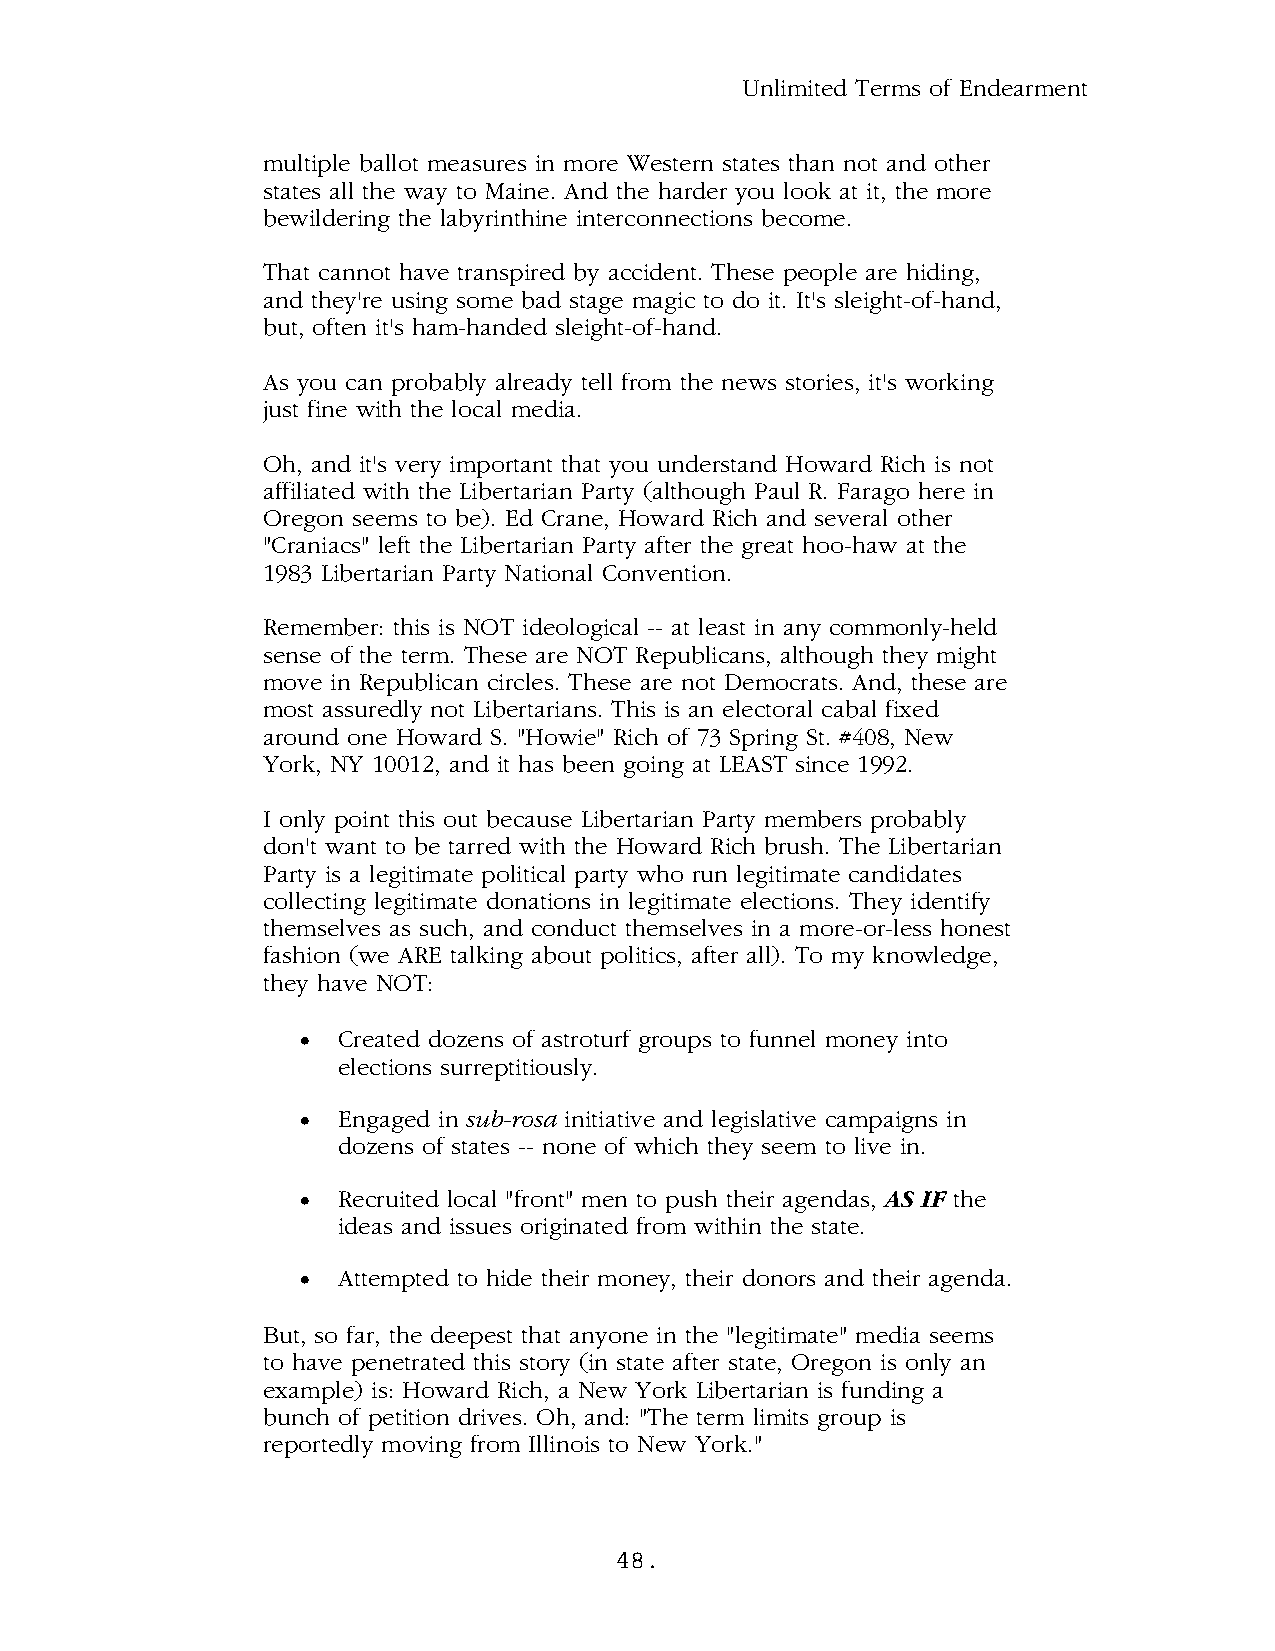
Unlimited Terms of Endearment
 multiple ballot measures in more Western states than not and other
 states all the way to Maine. And the harder you look at it, the more
 bewildering the labyrinthine interconnections become.
 That cannot have transpired by accident. These people are hiding,
 and they're using some bad stage magic to do it. It's sleight-of-hand,
 but, often it's ham-handed sleight-of-hand.
 As you can probably already tell from the news stories, it's working
 just fine with the local media.
 Oh, and it's very important that you understand Howard Rich is not
 affiliated with the Libertarian Party (although Paul R. Farago here in
 Oregon seems to be). Ed Crane, Howard Rich and several other
 "Craniacs" left the Libertarian Party after the great hoo-haw at the
 1983 Libertarian Party National Convention.
 Remember: this is NOT ideological -- at least in any commonly-held
 sense of the term. These are NOT Republicans, although they might
 move in Republican circles. These are not Democrats. And, these are
 most assuredly not Libertarians. This is an electoral cabal fixed
 around one Howard S. "Howie" Rich of 73 Spring St. #408, New
 York, NY 10012, and it has been going at LEAST since 1992.
 I only point this out because Libertarian Party members probably
 don't want to be tarred with the Howard Rich brush. The Libertarian
 Party is a legitimate political party who run legitimate candidates
 collecting legitimate donations in legitimate elections. They identify
 themselves as such, and conduct themselves in a more-or-less honest
 fashion (we ARE talking about politics, after all). To my knowledge,
 they have NOT:
 • Created dozens of astroturf groups to funnel money into
 elections surreptitiously.
 • Engaged in sub-rosa initiative and legislative campaigns in
 dozens of states -- none of which they seem to live in.
 • Recruited local "front" men to push their agendas, AS IF the
 ideas and issues originated from within the state.
 • Attempted to hide their money, their donors and their agenda.
 But, so far, the deepest that anyone in the "legitimate" media seems
 to have penetrated this story (in state after state, Oregon is only an
 example) is: Howard Rich, a New York Libertarian is funding a
 bunch of petition drives. Oh, and: "The term limits group is
 reportedly moving from Illinois to New York."
 48.